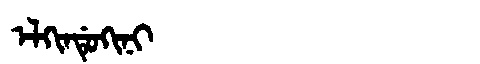
Manchu: ᡝᠯᡴᡳᠨᡩᡠᡴᡳᠨᡳ
Romanization: ELKINDUKINI